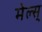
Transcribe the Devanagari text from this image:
मेल्स्